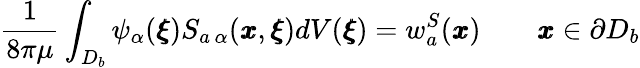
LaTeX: \frac{1}{8\pi\mu}\int_{D_{b}}\psi_{\alpha}({\pmb\xi})S_{a\, \alpha}({\pmb x},{\pmb\xi})dV({\pmb\xi})={w}_{a}^{S}({\pmb x})\qquad{\pmb x}\in\partial D_{b}